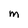
Character: m